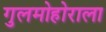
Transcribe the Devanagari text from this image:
गुलमोहोराला